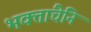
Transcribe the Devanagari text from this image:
भक्तांचेनि